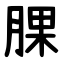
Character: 腂